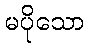
မပိုသော